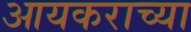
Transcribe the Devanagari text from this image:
आयकराच्या